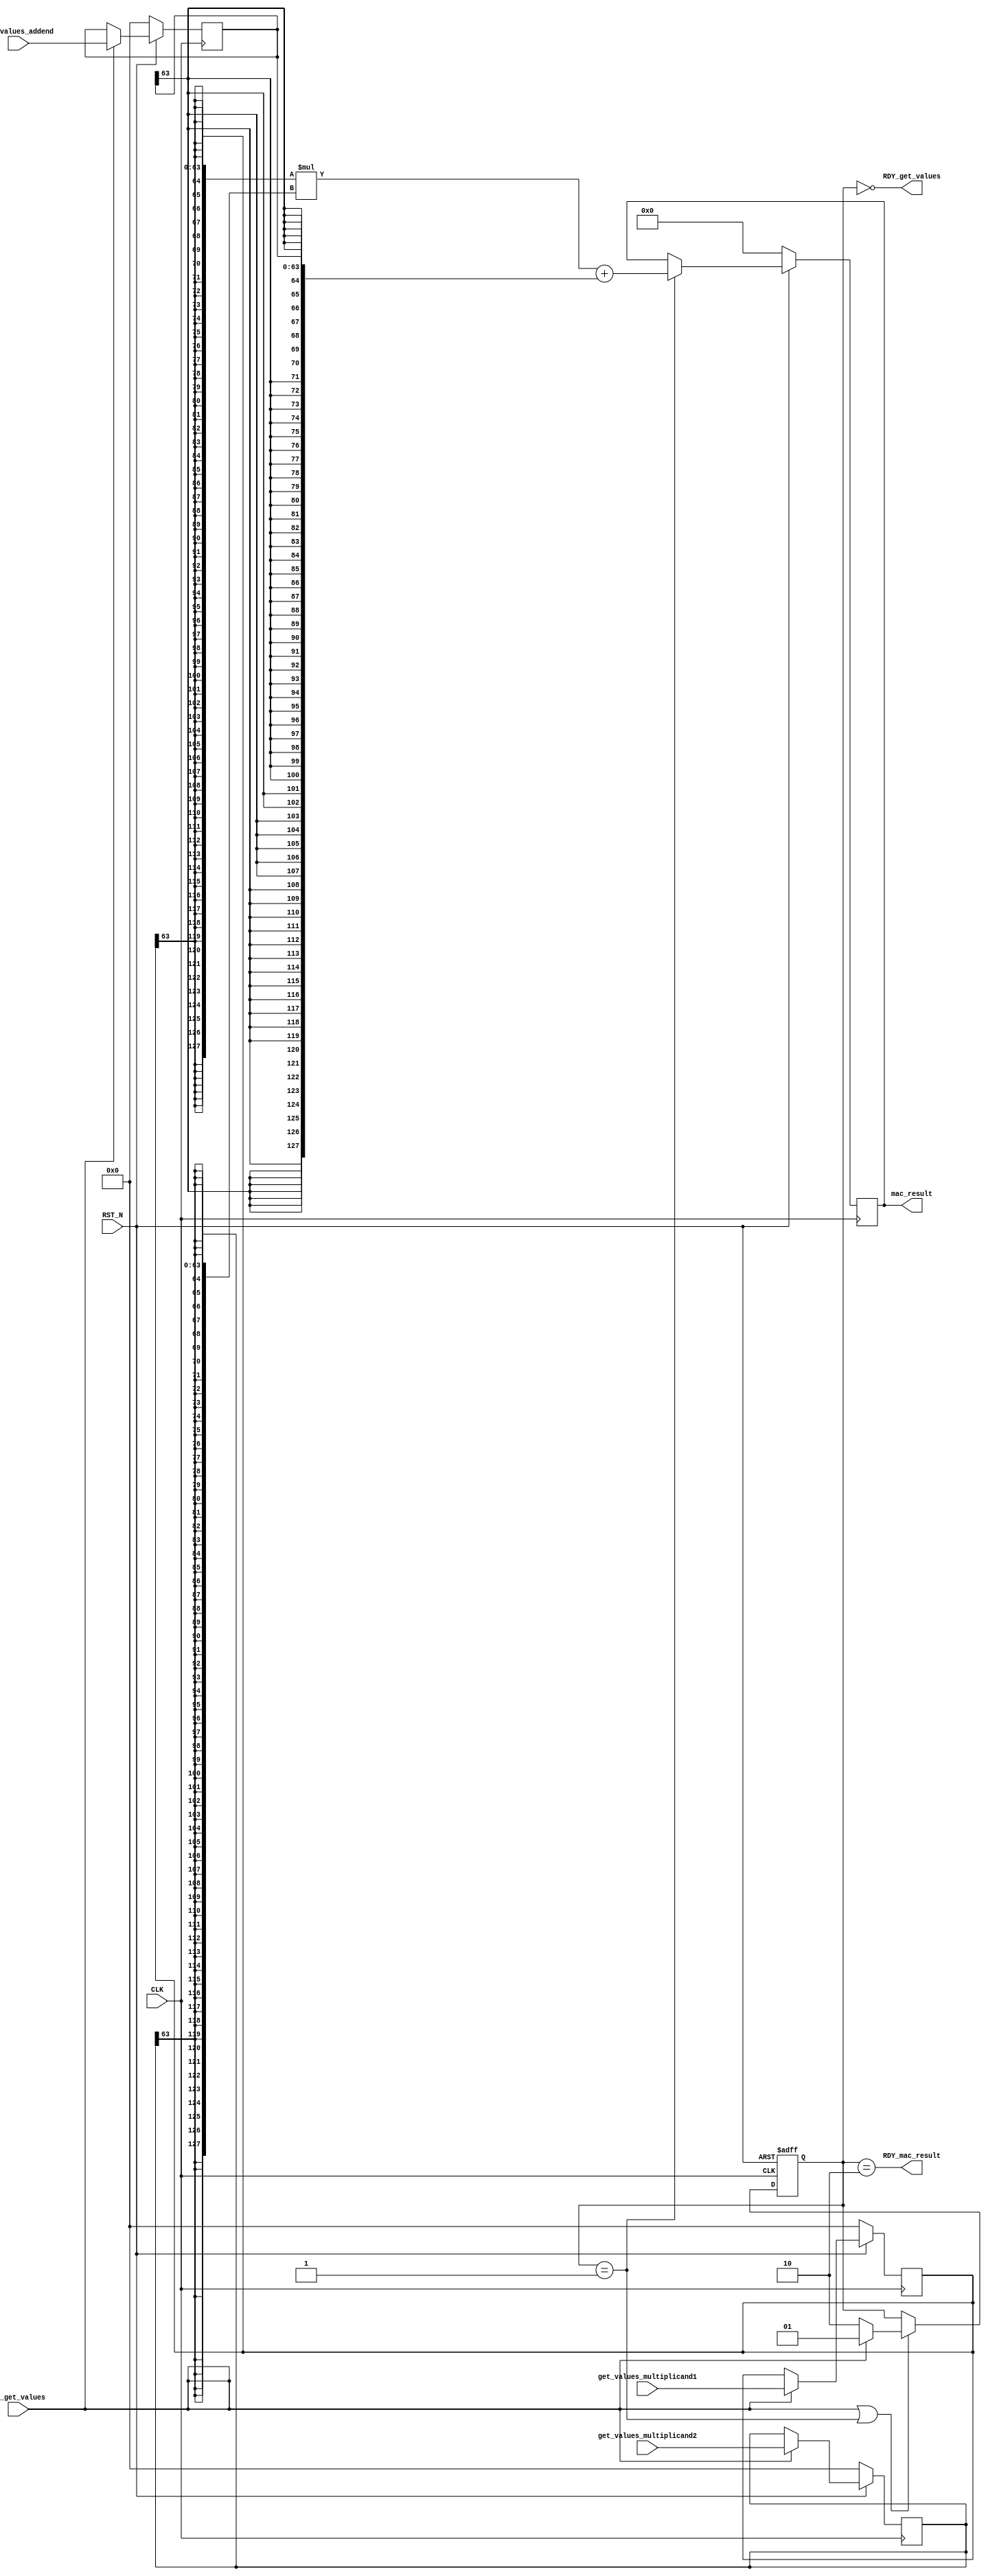
//
// Generated by Bluespec Compiler, version 2021.12.1 (build fd501401)
//
// On Sun Mar 26 18:29:16 IST 2023
//
//
// Ports:
// Name                         I/O  size props
// RDY_get_values                 O     1
// mac_result                     O   128 reg
// RDY_mac_result                 O     1
// CLK                            I     1 clock
// RST_N                          I     1 reset
// get_values_multiplicand1       I    64 reg
// get_values_multiplicand2       I    64 reg
// get_values_addend              I    64 reg
// EN_get_values                  I     1
//
// No combinational paths from inputs to outputs
//
//

`ifdef BSV_ASSIGNMENT_DELAY
`else
  `define BSV_ASSIGNMENT_DELAY
`endif

`ifdef BSV_POSITIVE_RESET
  `define BSV_RESET_VALUE 1'b1
  `define BSV_RESET_EDGE posedge
`else
  `define BSV_RESET_VALUE 1'b0
  `define BSV_RESET_EDGE negedge
`endif

module mkmac64(CLK,
	       RST_N,

	       get_values_multiplicand1,
	       get_values_multiplicand2,
	       get_values_addend,
	       EN_get_values,
	       RDY_get_values,

	       mac_result,
	       RDY_mac_result);
  input  CLK;
  input  RST_N;

  // action method get_values
  input  [63 : 0] get_values_multiplicand1;
  input  [63 : 0] get_values_multiplicand2;
  input  [63 : 0] get_values_addend;
  input  EN_get_values;
  output RDY_get_values;

  // value method mac_result
  output [127 : 0] mac_result;
  output RDY_mac_result;

  // signals for module outputs
  wire [127 : 0] mac_result;
  wire RDY_get_values, RDY_mac_result;

  // register a
  reg [63 : 0] a;
  wire [63 : 0] a$D_IN;
  wire a$EN;

  // register isReady
  reg [1 : 0] isReady;
  wire [1 : 0] isReady$D_IN;
  wire isReady$EN;

  // register m1
  reg [63 : 0] m1;
  wire [63 : 0] m1$D_IN;
  wire m1$EN;

  // register m2
  reg [63 : 0] m2;
  wire [63 : 0] m2$D_IN;
  wire m2$EN;

  // register resmac
  reg [127 : 0] resmac;
  wire [127 : 0] resmac$D_IN;
  wire resmac$EN;

  // rule scheduling signals
  wire CAN_FIRE_RL_compute_mac64,
       CAN_FIRE_get_values,
       WILL_FIRE_RL_compute_mac64,
       WILL_FIRE_get_values;

  // remaining internal signals
  wire [255 : 0] SEXT_m1_MUL_SEXT_m2___d7;
  wire [127 : 0] x__h250, y__h249, y__h251;

  // action method get_values
  assign RDY_get_values = isReady == 2'd0 ;
  assign CAN_FIRE_get_values = isReady == 2'd0 ;
  assign WILL_FIRE_get_values = EN_get_values ;

  // value method mac_result
  assign mac_result = resmac ;
  assign RDY_mac_result = isReady == 2'd2 ;

  // rule RL_compute_mac64
  assign CAN_FIRE_RL_compute_mac64 = isReady == 2'd1 ;
  assign WILL_FIRE_RL_compute_mac64 = CAN_FIRE_RL_compute_mac64 ;

  // register a
  assign a$D_IN = get_values_addend ;
  assign a$EN = EN_get_values ;

  // register isReady
  assign isReady$D_IN = EN_get_values ? 2'd1 : 2'd2 ;
  assign isReady$EN = EN_get_values || WILL_FIRE_RL_compute_mac64 ;

  // register m1
  assign m1$D_IN = get_values_multiplicand1 ;
  assign m1$EN = EN_get_values ;

  // register m2
  assign m2$D_IN = get_values_multiplicand2 ;
  assign m2$EN = EN_get_values ;

  // register resmac
  assign resmac$D_IN = SEXT_m1_MUL_SEXT_m2___d7[127:0] + y__h249 ;
  assign resmac$EN = CAN_FIRE_RL_compute_mac64 ;

  // remaining internal signals
  assign SEXT_m1_MUL_SEXT_m2___d7 = x__h250 * y__h251 ;
  assign x__h250 = { {64{m1[63]}}, m1 } ;
  assign y__h249 = { {64{a[63]}}, a } ;
  assign y__h251 = { {64{m2[63]}}, m2 } ;

  // handling of inlined registers

  always@(posedge CLK)
  begin
    if (RST_N == `BSV_RESET_VALUE)
      begin
        a <= `BSV_ASSIGNMENT_DELAY 64'd0;
	m1 <= `BSV_ASSIGNMENT_DELAY 64'd0;
	m2 <= `BSV_ASSIGNMENT_DELAY 64'd0;
	resmac <= `BSV_ASSIGNMENT_DELAY 128'd0;
      end
    else
      begin
        if (a$EN) a <= `BSV_ASSIGNMENT_DELAY a$D_IN;
	if (m1$EN) m1 <= `BSV_ASSIGNMENT_DELAY m1$D_IN;
	if (m2$EN) m2 <= `BSV_ASSIGNMENT_DELAY m2$D_IN;
	if (resmac$EN) resmac <= `BSV_ASSIGNMENT_DELAY resmac$D_IN;
      end
  end

  always@(posedge CLK or `BSV_RESET_EDGE RST_N)
  if (RST_N == `BSV_RESET_VALUE)
    begin
      isReady <= `BSV_ASSIGNMENT_DELAY 2'd0;
    end
  else
    begin
      if (isReady$EN) isReady <= `BSV_ASSIGNMENT_DELAY isReady$D_IN;
    end

  // synopsys translate_off
  `ifdef BSV_NO_INITIAL_BLOCKS
  `else // not BSV_NO_INITIAL_BLOCKS
  initial
  begin
    a = 64'hAAAAAAAAAAAAAAAA;
    isReady = 2'h2;
    m1 = 64'hAAAAAAAAAAAAAAAA;
    m2 = 64'hAAAAAAAAAAAAAAAA;
    resmac = 128'hAAAAAAAAAAAAAAAAAAAAAAAAAAAAAAAA;
  end
  `endif // BSV_NO_INITIAL_BLOCKS
  // synopsys translate_on
endmodule  // mkmac64